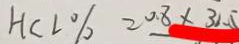
H C L \% = 0 . 8 \times 3 1 . 5